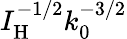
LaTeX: I_{\mathrm{H}}^{-1/2}k_{0}^{-3/2}